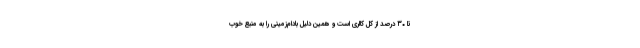
تا ۳۰ درصد از کل کالری است و همین دلیل بادام‌زمینی را به منبع خوب